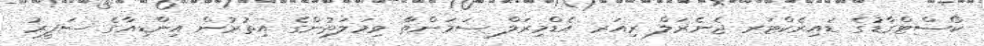
ކޯސްޓްގާޑުގެ ޑައިރެކްޓަރ ޖެނެރަލް ރިއަރ އެޑްމިރަލް ސަމަންތާ ވިމަލަތުންގެ އިތުރުން އިންޑިއާގެ ސަފީރު